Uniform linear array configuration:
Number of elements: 4
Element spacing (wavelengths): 1
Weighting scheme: hamming
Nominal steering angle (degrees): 60
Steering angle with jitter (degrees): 60.427
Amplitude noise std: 0.05
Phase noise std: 0.05

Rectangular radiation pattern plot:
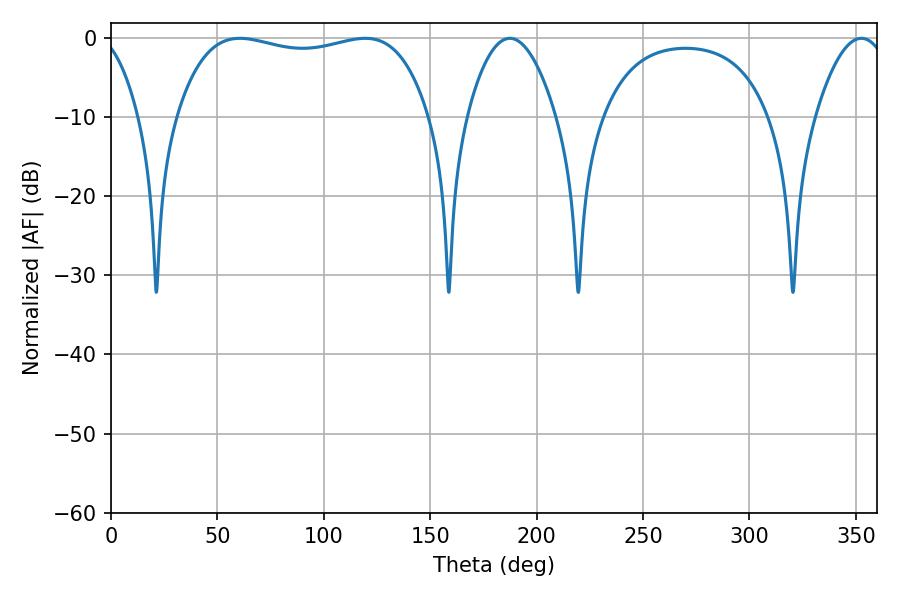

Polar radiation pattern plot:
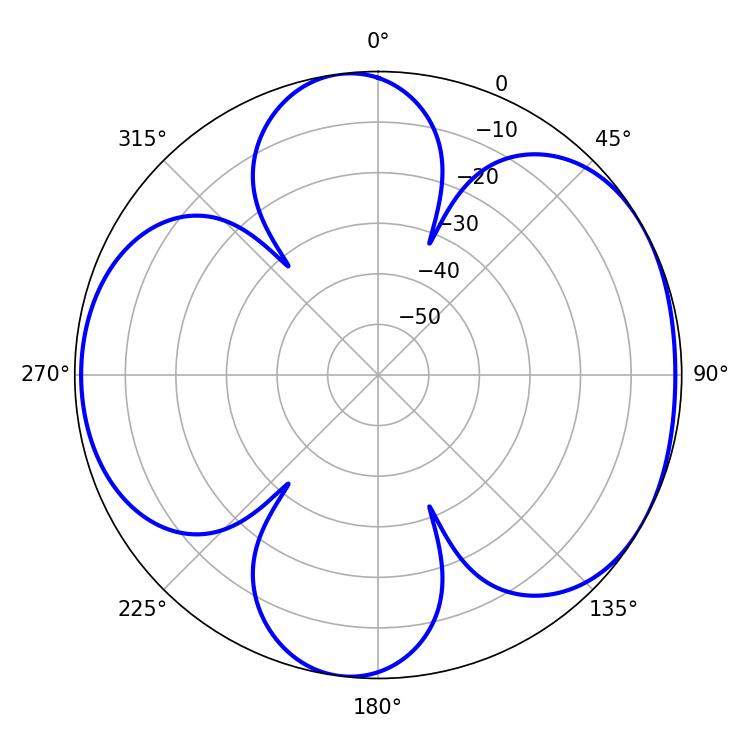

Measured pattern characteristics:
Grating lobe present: TRUE
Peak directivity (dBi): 5.459
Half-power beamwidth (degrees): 95.76
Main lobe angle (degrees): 60.48